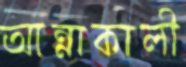
আন্নাকালী